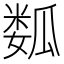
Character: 𱰆